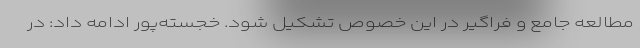
مطالعه جامع و فراگیر در این خصوص تشکیل شود. خجسته‌پور ادامه داد: در